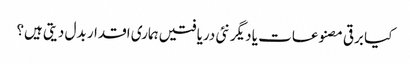
کیا برقی مصنوعات یا دیگر نئی دریافتیں ہماری اقدار بدل دیتی ہیں؟